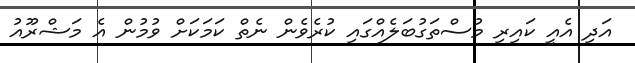
އަދި އެއީ ކައިރި މުސްތަގުބަލެއްގައި ކުރެވެން ނެތް ކަމަކަށް ވުމުން އެ މަޝްރޫއު